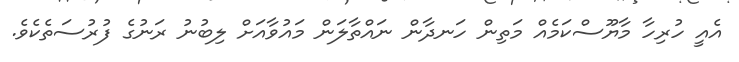
އެއީ ހުރިހާ މާޔޫސްކަމެއް މަތިން ހަނދާން ނައްތާލަން މައުވާއަށް ލިބުނު ރަނުގެ ފުރުސަތެކެވެ.